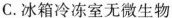
C.冰箱冷冻室无微生物